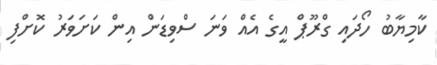
ކާމިޔާބު ހޯދައި ގްރޫޕް އީގެ އެއް ވަނަ ސްވިޑަން އިން ކަށަވަރު ކޮށްފި